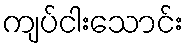
ကျပ်ငါးသောင်း